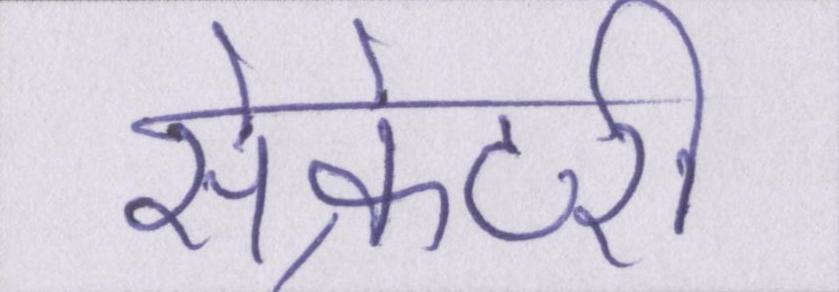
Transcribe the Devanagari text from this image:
सेक्रेटरी